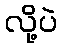
လို့ပဲ